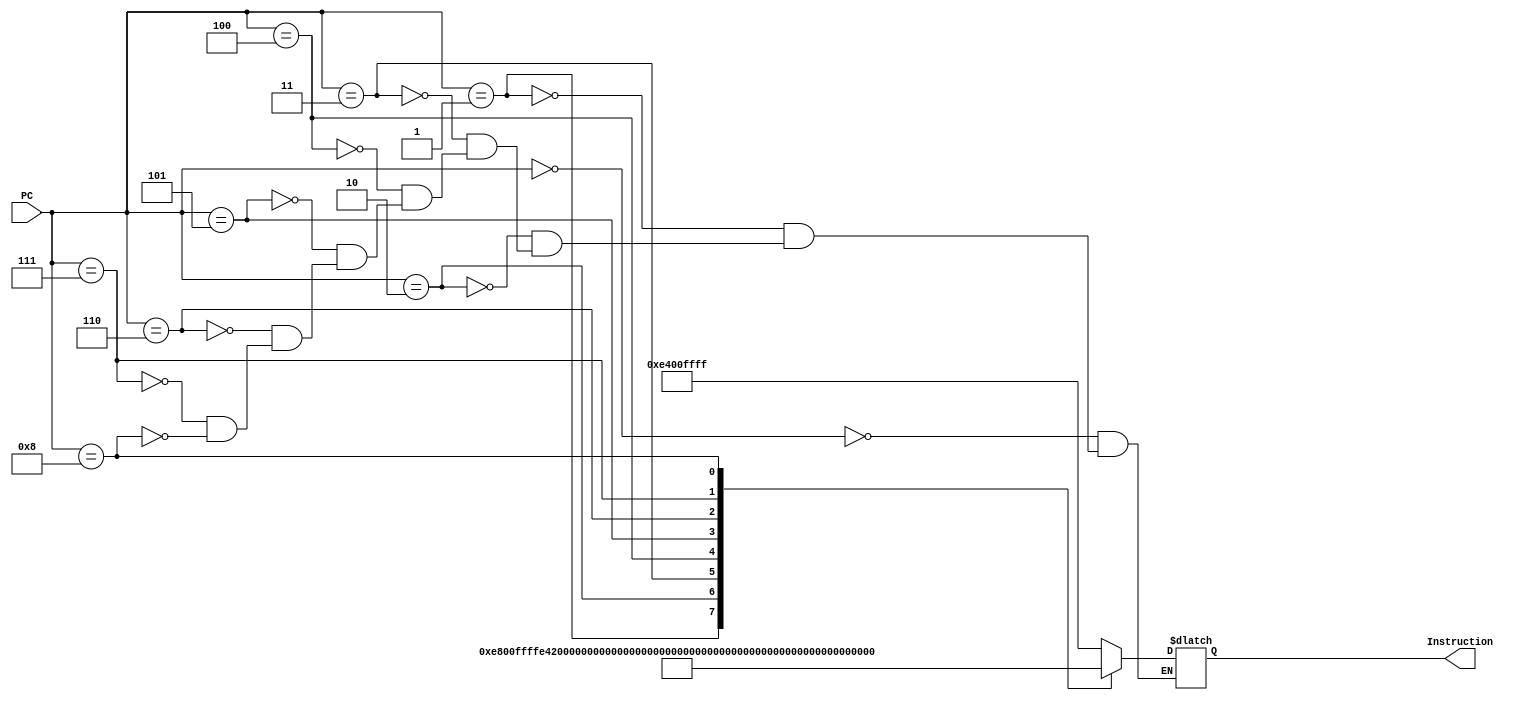
`timescale 1ns / 1ps


module Instruction_Memory(PC,Instruction);

input [31:0] PC;
output [31:0] Instruction;
reg [31:0] Instruction;

always @(PC)
begin
case(PC)
//Program:
// $R0 = -1
// $R1 = 0
// $R2 = 2
// Add $R0 and $R2 and get an answer in $R3: 
// -1 + 2 = 1
	
	// LI   $R0, 0xFFFF 
	0: Instruction=  32'b111001_00000_00000_1111111111111111;
	// LUI  $R0, 0xFFFF
	1: Instruction=  32'b111010_00000_00000_1111111111111111;
	// LI   $R1, 0x0000
	2: Instruction=  32'b111001_00001_00000_0000000000000000;
	// LUI  $R1, 0x0000
	3: Instruction=  32'b111010_00001_00000_0000000000000000;
	// LI   $R2, 0x0002
	4: Instruction=  32'b111001_00010_00000_0000000000000010;
	// LUI  $R2, 0x0000
	5: Instruction=  32'b111010_00010_00000_0000000000000000;
	
	// ADD  $R3, $R0, $R2
	6: Instruction=  32'b010010_00011_00000_00010_00000000000; 

	// 1.2) now the we will store and load the value in $R3

	// SWI  $R3, [0x5]
	7: Instruction=  32'b111100_00011_00000_0000000000000101;
	// LWI  $R1, [0x5]
	8: Instruction=  32'b111011_00001_00000_0000000000000101;
endcase
end

endmodule